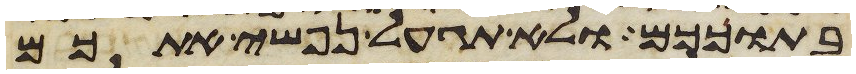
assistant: בתוככם ולא תגעל נפשי אתכם